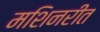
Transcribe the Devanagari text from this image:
मशिनरीत